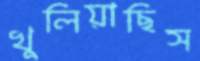
খুলিয়াছিস